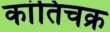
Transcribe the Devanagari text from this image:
कांतिचक्र